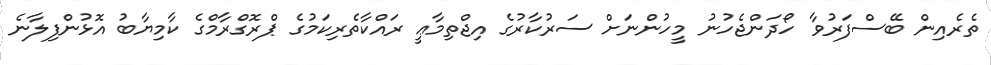
ތެރެއިން ބޭސްފަރުވާ ހޯދަންޖެހުނު މީހުންނަށް ސަރުކާރުގެ އިޖްތިމާޢީ ރައްކާތެރިކަމުގެ ޕްރޮގްރާމްގެ ކާމިޔާބު އޮޅުންފިލާނެ